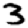
Digit: 3